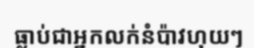
ធ្លាប់ជាអ្នកលក់នំប៉ាវហុយៗ